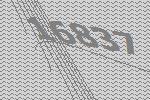
16837